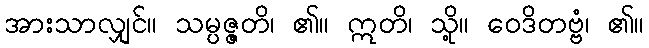
အားသာလျှင်။ သမ္ပဇ္ဇတိ၊ ၏။ ဣတိ၊ သို့။ ဝေဒိတဗ္ဗံ၊ ၏။